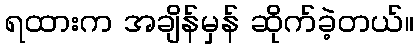
ရထားက အချိန်မှန် ဆိုက်ခဲ့တယ်။